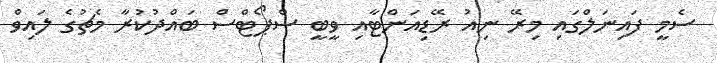
ސެމީ ފައިނަލްގައި މިރޭ ނިއު ރޭޑިއަންޓާއި ވީބީ ސްޕޯޓްސް ބަައްދުކުރާ މެޗުގެ ލައިވް